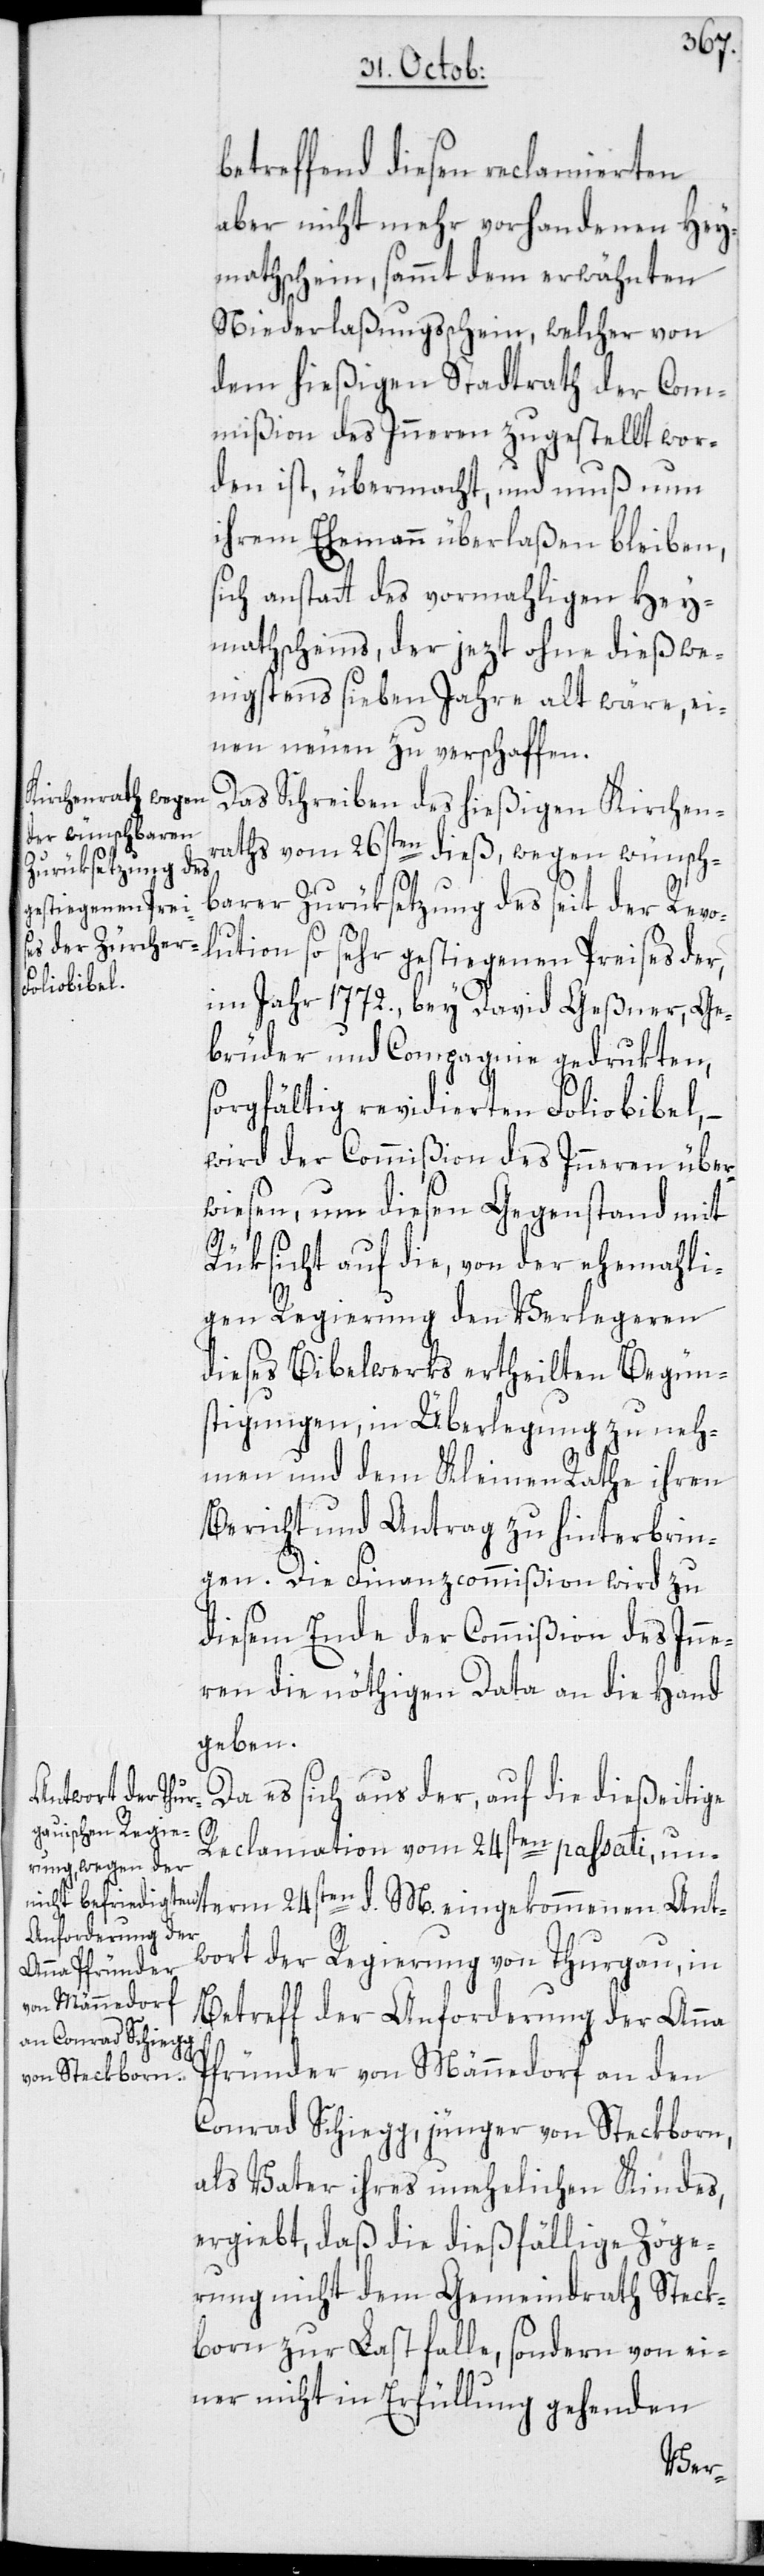
betreffend diesen reclamierten
aber nicht mehr vorhandenen Hey¬
mathschein, sammt dem erwähnten
Niederlaßungsschein, welcher von
dem hießigen Stadtrath der Com¬
mißion des Inneren zugestellt wor¬
den ist, übermacht, und muß nun
ihrem Ehemann überlaßen bleiben,
sich anstatt des vormahligen Hey¬
mathscheins, der jezt ohne dieß we¬
nigstens sieben Jahre alt wäre, ei¬
nen neuen zu verschaffen.
Das Schreiben des hießigen Kirchen¬
raths vom 26sten dieß, wegen wünsch¬
barer Zurüksetzung des seit der Revo¬
lution so sehr gestiegenen Preises der,
im Jahr 1772. bey David Geßner, Ge¬
brüder und Compagnie gedrukten,
sorgfältig revidierten Foliobibel,
wird der Commißion des Inneren über¬
wiesen, um diesen Gegenstand mit
Ant¬
Rüksicht auf die, von der ehemahli¬
gen Regierung den Verlegeren
dieses Bibelwerks ertheilten Begün¬
stigungen, in Überlegung zu neh¬
men und dem Kleinen Rathe ihren
Bericht und Antrag zu hinterbrin¬
gen. Die Finanzcommißion wird zu
diesem Ende der Commißion des Inne¬
ren die nöthigen Data an die Hand
geben.
Da es sich aus der, auf die dießeitige
M.
Reclamation vom 24sten passati, un¬
wort der Regierung von Thurgau, in
Betreff der Anforderung der Anna
Pfründer von Männedorf an den
Conrad Schiegg, jünger von Steckborn,
als Vater ihres unehelichen Kindes,
ergiebt, daß die dießfällige Zöge¬
rung nicht dem Gemeindrath Steck¬
born zur Last falle, sondern von ei¬
ner nicht in Erfüllung gehenden
term